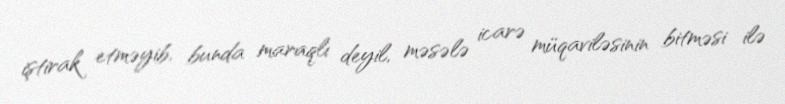
iştirak etməyib, bunda maraqlı deyil, məsələ icarə müqaviləsinin bitməsi ilə